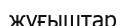
жуғыштар